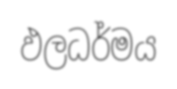
ඵලධර්මය